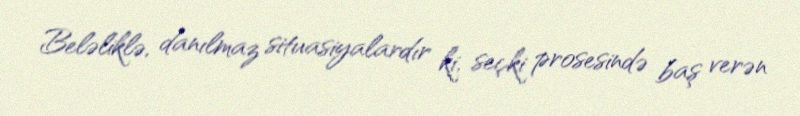
Beləliklə, danılmaz situasiyalardır ki, seçki prosesində baş verən